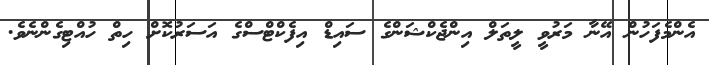
އެންމެފަހުން އޭނާ މަރުވީ ލީތަލް އިންޖެކްޝަންގެ ސައިޑް އިފެކްޓްސްގެ އަސަރުކޮށް ހިތް ހުއްޓިގެންނެވެ.